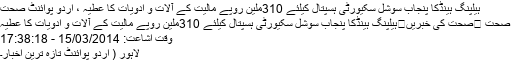
ہیلپنگ ہینڈکا پنجاب سوشل سکیورٹی ہسپتال کیلئے 310ملین روپے مالیت کے آلات و ادویات کا عطیہ ، اُردو پوائنٹ صحت
صحت ⬅صحت کی خبریں⬅ہیلپنگ ہینڈکا پنجاب سوشل سکیورٹی ہسپتال کیلئے 310ملین روپے مالیت کے آلات و ادویات کا عطیہ
وقت اشاعت: 15/03/2014 - 17:38:18
لاہور ( اُردو پوائنٹ تازہ ترین اخبار۔